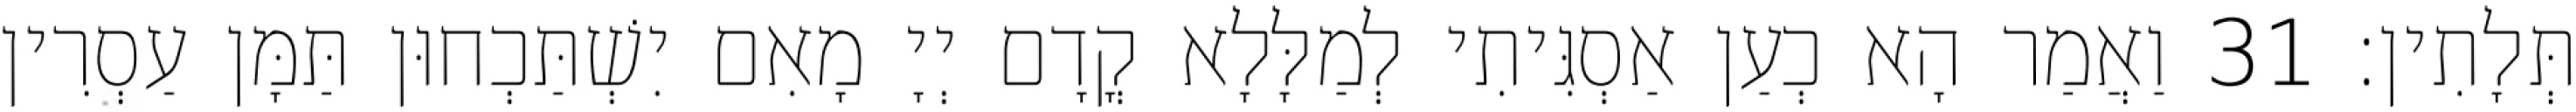
תְּלָתִין׃ 31 וַאֲמַר הָא כְעַן אַסְגִּיתִי לְמַלָּלָא קֳדָם יְיָ מָאִם יִשְׁתַּכְחוּן תַּמָּן עַסְרִין